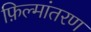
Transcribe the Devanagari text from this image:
फ़िल्मांतरण